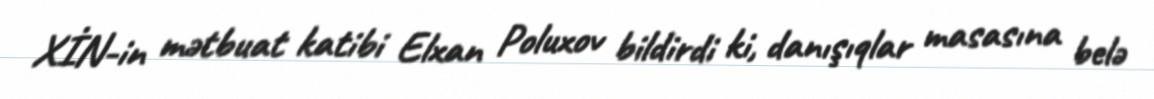
XİN-in mətbuat katibi Elxan Poluxov bildirdi ki, danışıqlar masasına belə